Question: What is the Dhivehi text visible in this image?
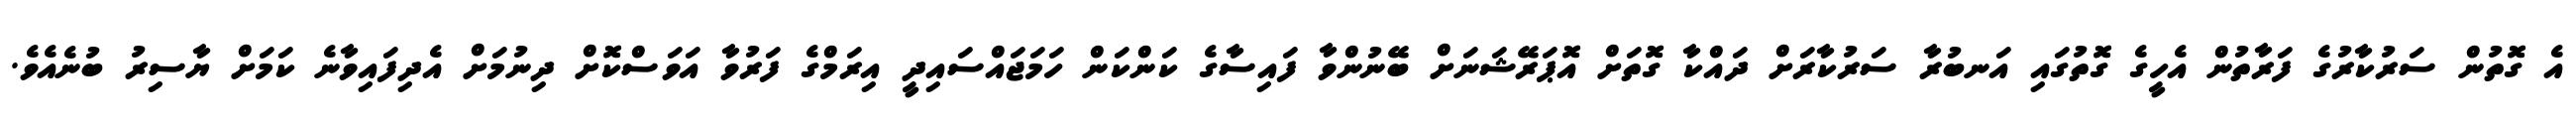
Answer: އެ ގޮތުން ސަރުކާރުގެ ފަރާތުން އެހީގެ ގޮތުގައި އަނބުރާ ސަރުކާރަށް ދައްކާ ގޮތަށް އޮޕަރޭޝަނަށް ބޭނުންވާ ފައިސާގެ ކަންކަން ހަމަޖައްސައިދީ އިރަމްގެ ފަރުވާ އަވަސްކޮށް ދިނުމަށް އެދިފައިވާނެ ކަމަށް ޔާސިރު ބުނެއެވެ.